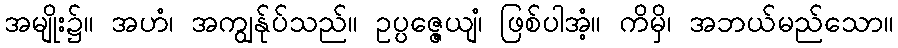
အမျိုး၌။ အဟံ၊ အကျွန်ုပ်သည်။ ဥပ္ပဇ္ဇေယျံ၊ ဖြစ်ပါအံ့။ ကိမှိ၊ အဘယ်မည်သော။